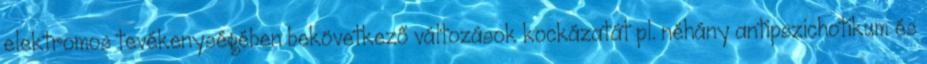
elektromos tevékenységében bekövetkező változások kockázatát pl. néhány antipszichotikum és